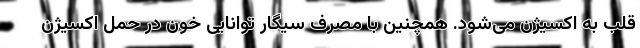
قلب به اکسیژن می‌شود. همچنین با مصرف سیگار توانایی خون در حمل اکسیژن